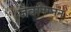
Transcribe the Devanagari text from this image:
जैवनिम्नन